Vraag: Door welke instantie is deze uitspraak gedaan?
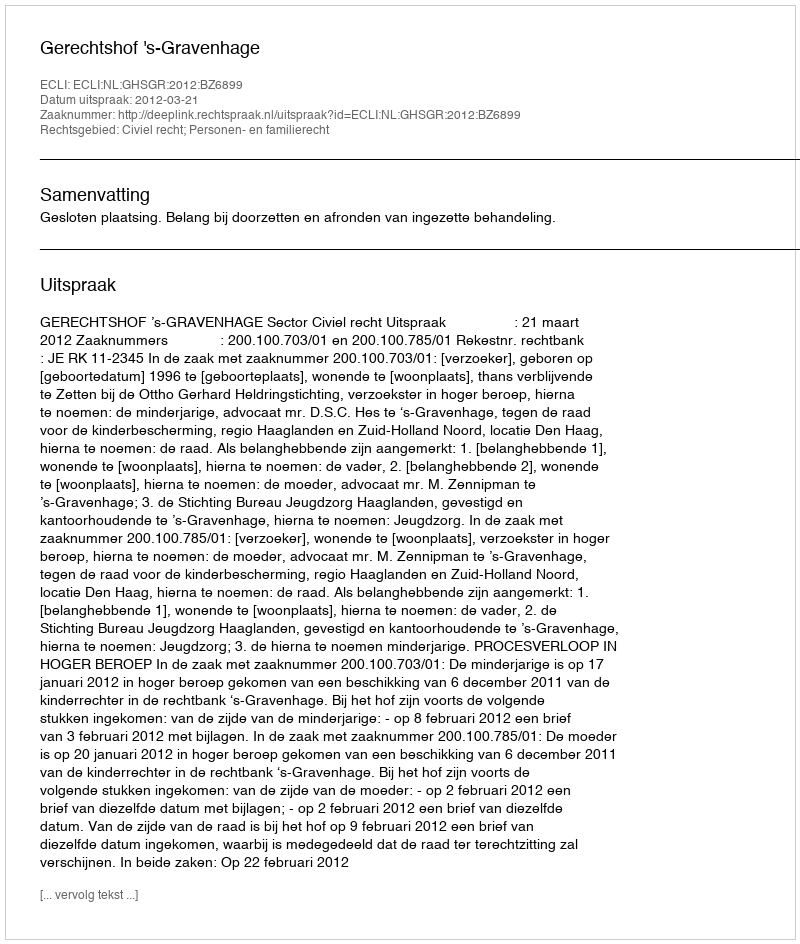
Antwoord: Gerechtshof 's-Gravenhage